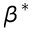
\beta ^ { * }